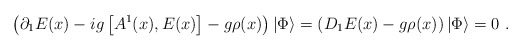
\begin{align*}\left( \partial_{1} E(x)-ig \left[A^{1}(x),E(x) \right] - g\rho(x) \right)|\Phi \rangle =\left( D_{1} E(x)-g\rho (x)\right) |\Phi\rangle =0 \ .\end{align*}